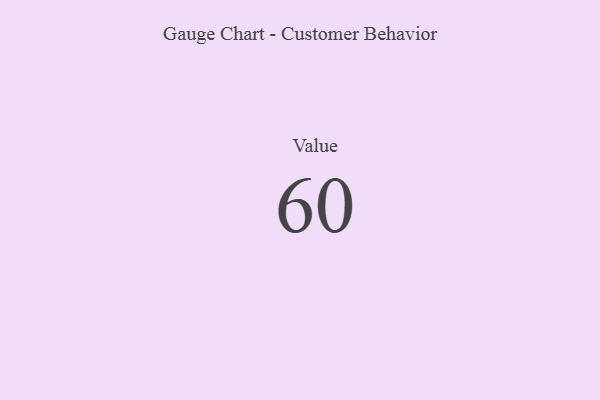
{"axis": {"x": "Metric", "y": "Value"}, "legend": [""], "data": [{"x": "Value", "y": 60, "type": ""}]}